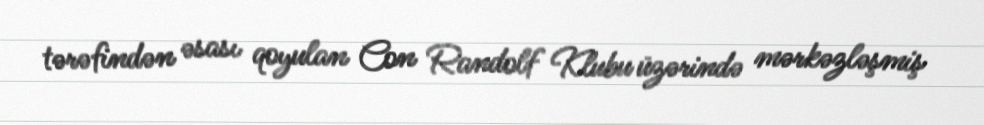
tərəfindən əsası qoyulan Con Randolf Klubu üzərində mərkəzləşmiş